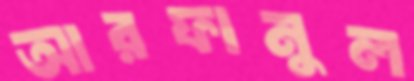
আরফানুল